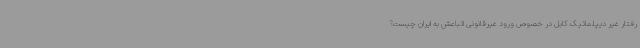
رفتار غیر دیپلماتیک کابل در خصوص ورود غیرقانونی اتباعش به ایران چیست؟